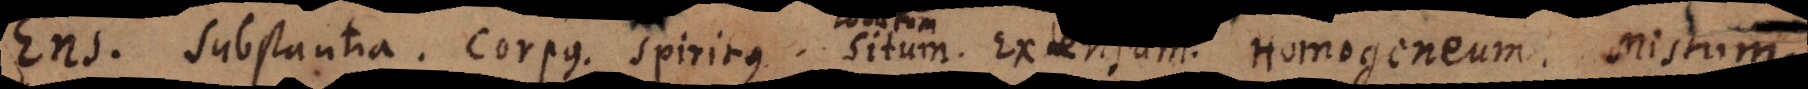
Ens. Substantia. Corpus. Spiritus. Situm. Extensum. Homogeneum. Mistum.